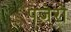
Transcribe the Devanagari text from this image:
पजेरो